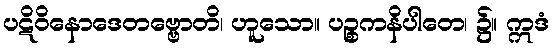
ပဋိဝိနောဒေတဗ္ဗောတိ၊ ဟူသော။ ပဉ္စကနိပါတေ၊ ၌။ ဣဒံ